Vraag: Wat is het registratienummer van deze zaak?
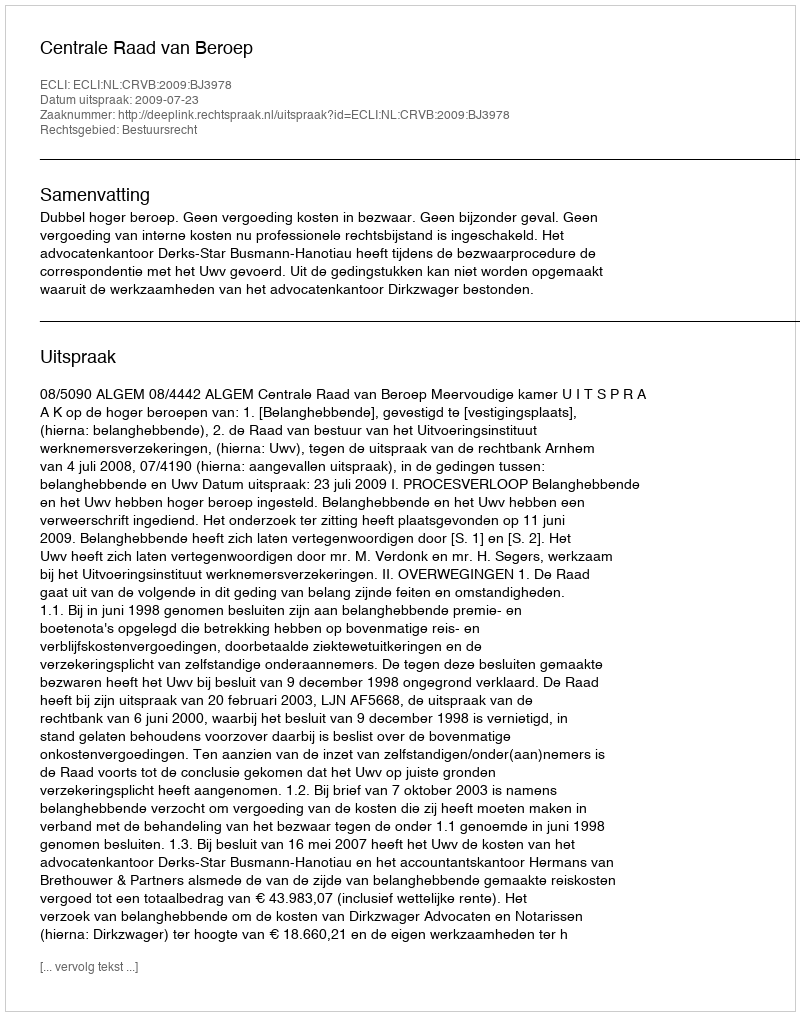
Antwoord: http://deeplink.rechtspraak.nl/uitspraak?id=ECLI:NL:CRVB:2009:BJ3978